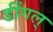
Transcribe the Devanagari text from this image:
डींगल्